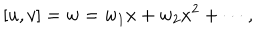
[ u , v ] = w = w _ { 1 } x + w _ { 2 } x ^ { 2 } + \cdots ,